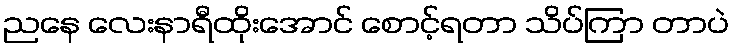
ညနေ လေးနာရီထိုးအောင် စောင့်ရတာ သိပ်ကြာ တာပဲ